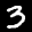
Label: 3